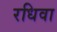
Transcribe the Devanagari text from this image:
रधिवा